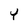
Character: Y